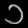
Digit: ၁